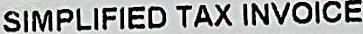
SIMPLIFIED TAX INVOICE